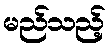
မည်သည့်